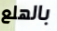
بالهلع